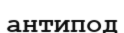
антипод